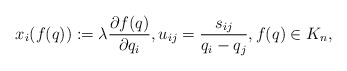
\begin{gather*} x_i(f(q)):= \lambda {\partial f(q) \over \partial q_i},u_{ij}= {s_{ij}\over q_i-q_j}, f(q) \in K_n,\end{gather*}